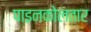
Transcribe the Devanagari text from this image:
पाइनकोलतार